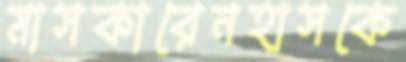
মাসকারেনহাসকে